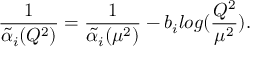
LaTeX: \frac { 1 } { \tilde { \alpha } _ { i } ( Q ^ { 2 } ) } = \frac { 1 } { \tilde { \alpha } _ { i } ( \mu ^ { 2 } ) } - b _ { i } l o g ( \frac { Q ^ { 2 } } { \mu ^ { 2 } } ) .